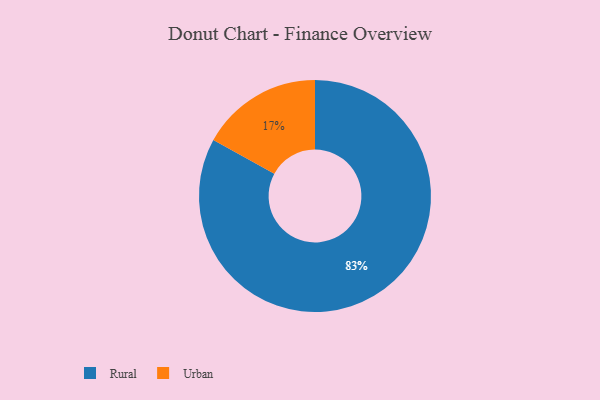
{"axis": {"x": "Category", "y": "Percentage"}, "legend": ["Rural", "Urban"], "data": [{"x": "Rural", "y": 83, "type": "Rural"}, {"x": "Urban", "y": 17, "type": "Urban"}]}